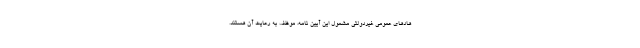
هادهای عمومی غیردولتی مشمول این آیین نامه، موظف به رعایت آن هستند.